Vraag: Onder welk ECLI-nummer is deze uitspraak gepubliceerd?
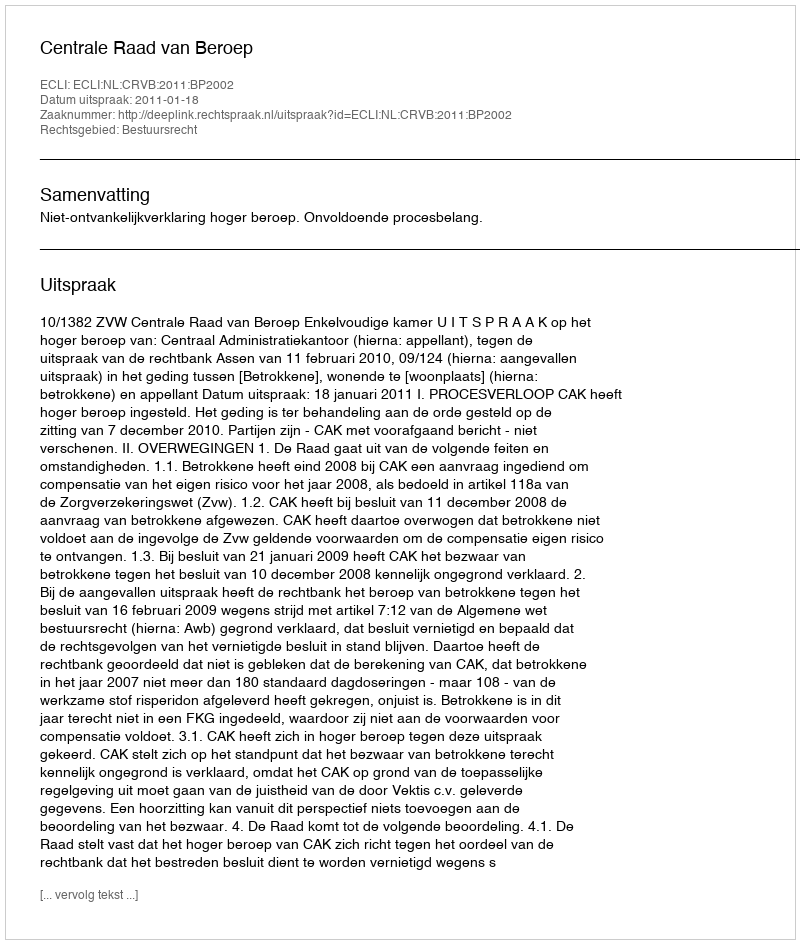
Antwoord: ECLI:NL:CRVB:2011:BP2002